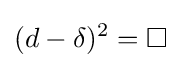
(d-\delta )^{2}=\square